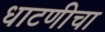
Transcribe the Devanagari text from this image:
धाटणीचा